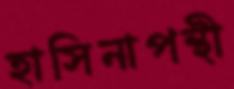
হাসিনাপন্থী